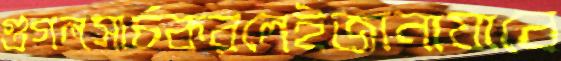
গুগলসার্চকরলেইজানাযাবে